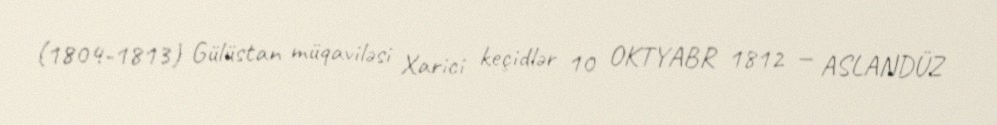
(1804-1813) Gülüstan müqaviləsi Xarici keçidlər 10 OKTYABR 1812 — ASLANDÜZ